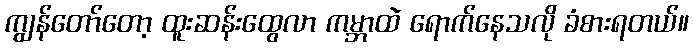
ကျွန်တော်တော့ ထူးဆန်းထွေလာ ကမ္ဘာထဲ ရောက်နေသလို ခံစားရတယ်။